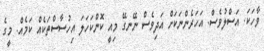
ވާހަކަ. އަސްލުވެސް. އަހަރެންނަކަށް އަދިވެސް ނޭނގޭ މިއީ ކޮންކަހަލަ އިހުސާސްތަކެއް ކަމެއް. މީގެ